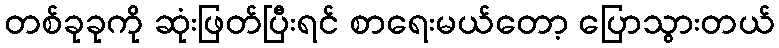
တစ်ခုခုကို ဆုံးဖြတ်ပြီးရင် စာရေးမယ်တော့ ပြောသွားတယ်